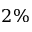
2 \%